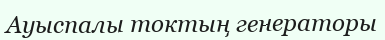
Ауыспалы токтың генераторы